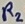
Text: R2